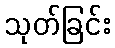
သုတ်ခြင်း